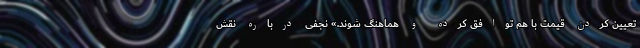
تعیین کردن قیمت با هم توافق کرده و هماهنگ شوند.» نجفی درباره نقش